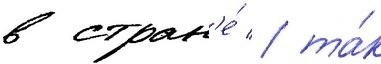
в стран'е́ / та́к